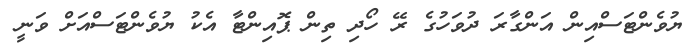
ޔުވެންޓަސްއިން އަންގާރަ ދުވަހުގެ ރޭ ހޯދި ތިން ޕޮއިންޓާ އެކު ޔުވެންޓަސްއަށް ވަނީ